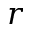
r